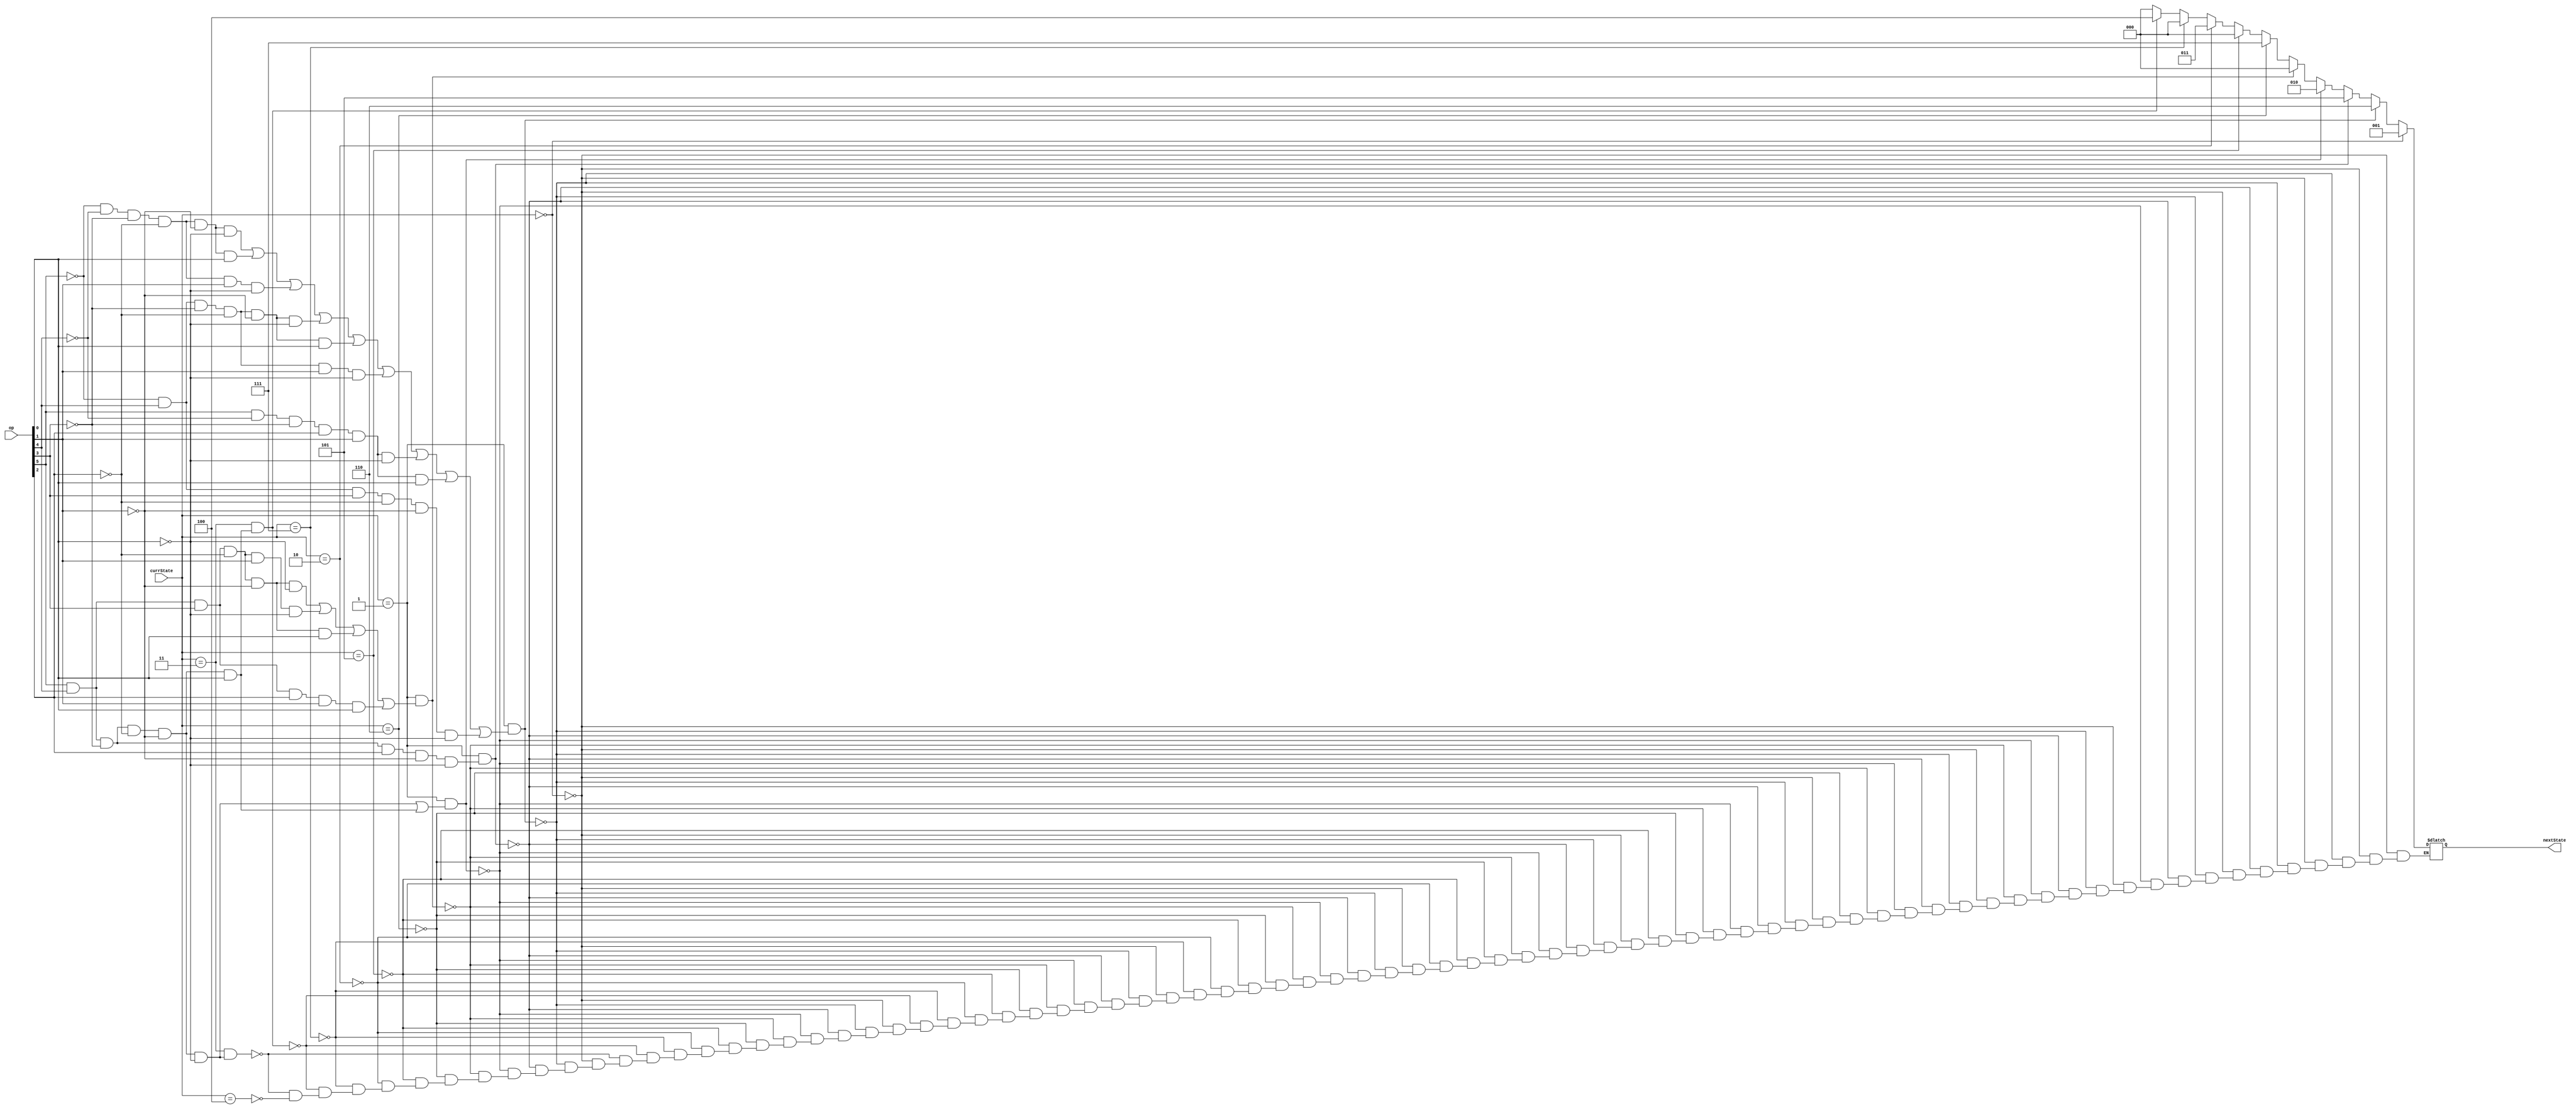
`timescale 1ns / 1ps
//////////////////////////////////////////////////////////////////////////////////
// Company:
// Engineer:
//
// Design Name:
// Module Name: NextState
// Project Name:
// Target Devices:
// Tool Versions:
// Description:
//
// Dependencies:
//
// Revision:
// Revision 0.01 - File Created
// Additional Comments:
//
//////////////////////////////////////////////////////////////////////////////////


module NextState(
    input [2:0] currState,
    input [5:0] op,
    output reg[2:0] nextState
    );

    wire add, sub, addi, or_, and_, ori, sll, slt, slti, sw, lw, beq, j, jr, jal, halt;

    assign add = ~op[5] & ~op[4] & ~op[3] & ~op[2] & ~op[1] & ~op[0]; // 000000
    assign sub = ~op[5] & ~op[4] & ~op[3] & ~op[2] & ~op[1] & op[0]; // 000001
    assign addi = ~op[5] & ~op[4] & ~op[3] & ~op[2] & op[1] & ~op[0]; // 000010
    assign or_ = ~op[5] & op[4] & ~op[3] & ~op[2] & ~op[1] & ~op[0]; // 010000
    assign and_ = ~op[5] & op[4] & ~op[3] & ~op[2] & ~op[1] & op[0]; // 010001
    assign ori = ~op[5] & op[4] & ~op[3] & ~op[2] & op[1] & ~op[0]; // 010010
    assign sll = ~op[5] & op[4] & op[3] & ~op[2] & ~op[1] & ~op[0]; // 011000
    assign slt = op[5] & ~op[4] & ~op[3] & op[2] & op[1] & ~op[0]; // 100110
    assign slti = op[5] & ~op[4] & ~op[3] & op[2] & op[1] & op[0]; // 100111
    assign sw = op[5] & op[4] & ~op[3] & ~op[2] & ~op[1] & ~op[0]; // 110000
    assign lw = op[5] & op[4] & ~op[3] & ~op[2] & ~op[1] & op[0]; //110001
    assign beq = op[5] & op[4] & ~op[3] & op[2] & ~op[1] & ~op[0]; // 110100
    assign j = op[5] & op[4] & op[3] & ~op[2] & ~op[1] & ~op[0]; // 111000
    assign jr = op[5] & op[4] & op[3] & ~op[2] & ~op[1] & op[0]; // 111001
    assign jal = op[5] & op[4] & op[3] & ~op[2] & op[1] & ~op[0]; //111010
    assign halt = op[5] & op[4] & op[3] & op[2] & op[1] & op[0]; //111111

    parameter [2:0] IF = 3'b000, // IF??
                         ID = 3'b001, // ID??
                         EXE1 = 3'b110, // addEXE??
                         EXE2 = 3'b101, // beqEXE??
                         EXE3 = 3'b010, // swlwEXE??
                         MEM = 3'b011, // MEM??
                         WB1 = 3'b111, //addWB??
                         WB3 = 3'b100; // lwWB??

    initial begin
        nextState = IF;
    end

    always @ ( * ) begin
        if (currState == IF) nextState = ID;
        else if (currState == ID && (add | sub | addi | or_ | and_ | ori | slt | slti | sll)) nextState = EXE1;
        else if (currState == ID && beq) nextState = EXE2;
        else if (currState == ID && (sw | lw)) nextState = EXE3;
        else if (currState == ID && (j | jal | jr | halt)) nextState = IF;
        else if (currState == EXE1) nextState = WB1;
        else if (currState == EXE2) nextState = IF;
        else if (currState == EXE3) nextState = MEM;
        else if (currState == WB1) nextState = IF;
        else if (currState == MEM && lw) nextState = WB3;
        else if (currState == MEM && sw ) nextState = IF;
        else if (currState == WB3) nextState = IF;
    end
endmodule